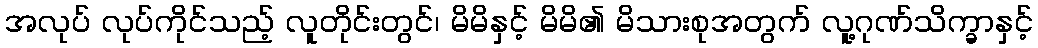
အလုပ် လုပ်ကိုင်သည့် လူတိုင်းတွင်၊ မိမိနှင့် မိမိ၏ မိသားစုအတွက် လူ့ဂုဏ်သိက္ခာနှင့်